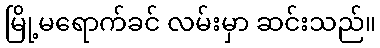
မြို့မရောက်ခင် လမ်းမှာ ဆင်းသည်။